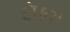
ફૉકસ